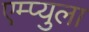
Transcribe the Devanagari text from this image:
एम्प्युला